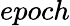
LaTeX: epoch